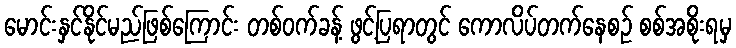
မောင်းနှင်နိုင်မည်ဖြစ်ကြောင်း တစ်ဝက်ခန့် ဖွင့်ပြရာတွင် ကောလိပ်တက်နေစဉ် စစ်အစိုးရမှ